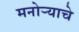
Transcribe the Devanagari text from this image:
मनोऱ्याचे